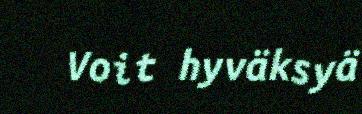
Voit hyväksyä